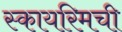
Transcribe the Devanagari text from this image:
स्कायरिमची